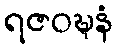
ရဇဝဍ္ဎနံ